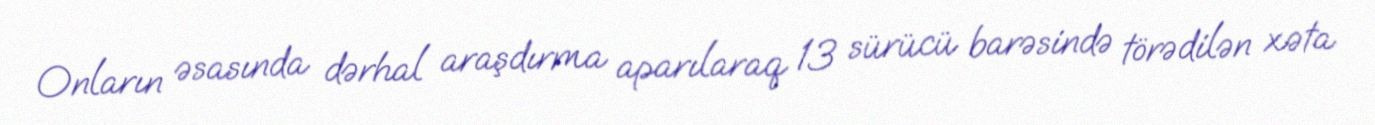
Onların əsasında dərhal araşdırma aparılaraq 13 sürücü barəsində törədilən xəta